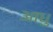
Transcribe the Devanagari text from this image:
आधु